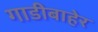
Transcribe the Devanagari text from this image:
गाडीबाहेर